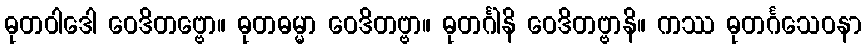
ဓုတဝါဒေါ ဝေဒိတဗ္ဗော။ ဓုတဓမ္မာ ဝေဒိတဗ္ဗာ။ ဓုတင်္ဂါနိ ဝေဒိတဗ္ဗာနိ။ ကဿ ဓုတင်္ဂသေဝနာ